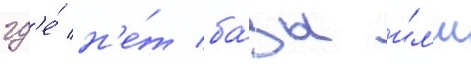
гд'е́ н'е́т ба́зы и́л'и